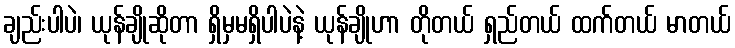
ချည်းပါပဲ၊ ယုန်ချိုဆိုတာ ရှိမှမရှိပါပဲနဲ့ ယုန်ချိုဟာ တိုတယ် ရှည်တယ် ထက်တယ် မာတယ်